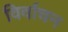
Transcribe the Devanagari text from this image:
विर्वाचन